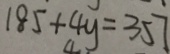
1 8 5 + 4 y = 3 5 7